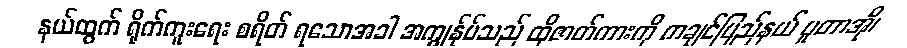
နယ်ထွက် ရိုက်ကူးရေး စရိတ် ရသောအခါ အကျွန်ုပ်သည် ထိုဇာတ်ကားကို ကချင်ပြည်နယ် ပူတာအို၊